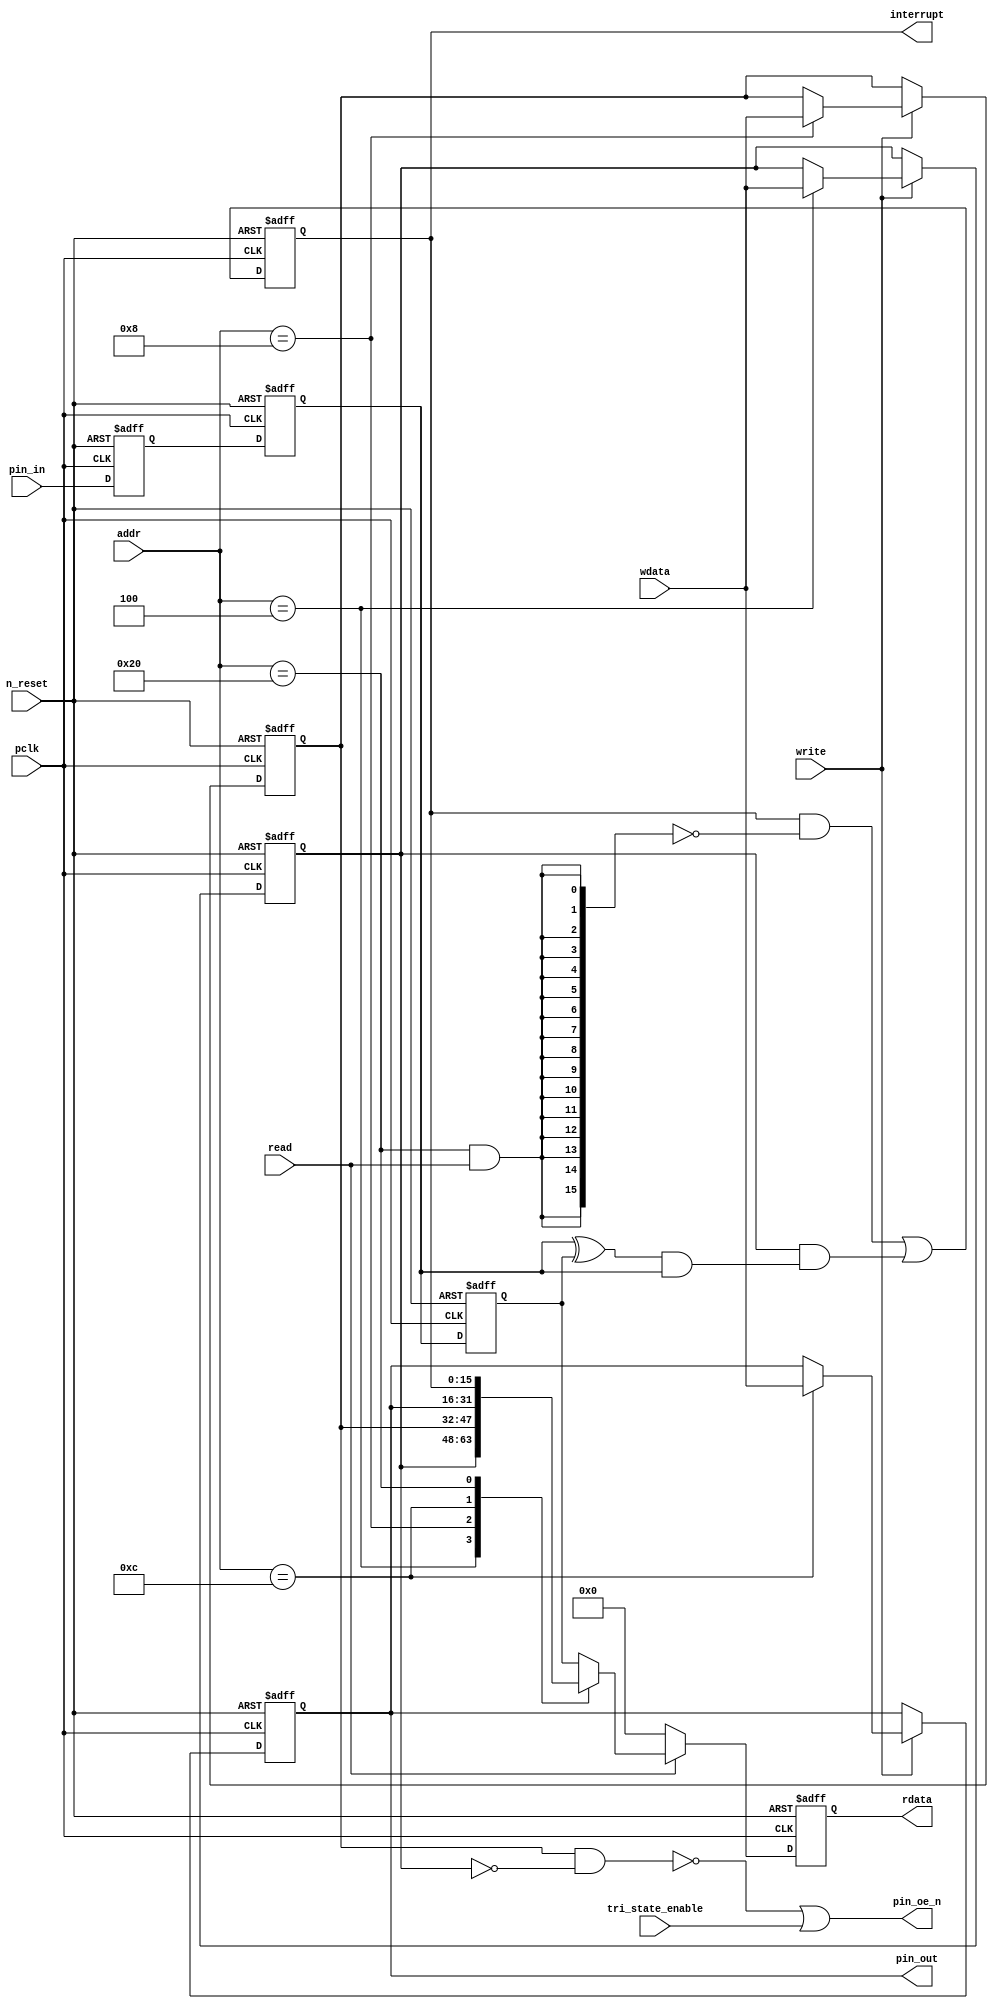
// This program was cloned from: https://github.com/yuravg/uvm_book_examples
// License: Apache License 2.0

//Title       : 
//Description : Parametrised GPIO pin circuits
//Notes       : 
//----------------------------------------------------------------------
//   Copyright 1999-2010 Cadence Design Systems, Inc.
//   All Rights Reserved Worldwide
//
//   Licensed under the Apache License, Version 2.0 (the
//   "License"); you may not use this file except in
//   compliance with the License.  You may obtain a copy of
//   the License at
//
//       http://www.apache.org/licenses/LICENSE-2.0
//
//   Unless required by applicable law or agreed to in
//   writing, software distributed under the License is
//   distributed on an "AS IS" BASIS, WITHOUT WARRANTIES OR
//   CONDITIONS OF ANY KIND, either express or implied.  See
//   the License for the specific language governing
//   permissions and limitations under the License.
//----------------------------------------------------------------------


module gpio_lite_subunit(
  //Inputs

  n_reset,
  pclk,

  read,
  write,
  addr,

  wdata,
  pin_in,

  tri_state_enable,

  //Outputs
 
  interrupt,

  rdata,
  pin_oe_n,
  pin_out

);
 
   // Inputs
   
   // Clocks   
   input n_reset;            // asynch reset, active low
   input pclk;               // Ppclk

   // Controls
   input read;               // select GPIO read
   input write;              // select GPIO write
   input [5:0] 
         addr;               // address bus of selected master

   // Dataflow
   input [15:0]
         wdata;              // GPIO Input
   input [15:0]
         pin_in;             // input data from pin

   //Design for Test Inputs
   input [15:0]
         tri_state_enable;   // disables op enable -> Z




   
   // Outputs
   
   // Controls
   output [15:0]
          interrupt;         // interupt for input pin change

   // Dataflow
   output [15:0]
          rdata;             // GPIO Output
   output [15:0]
          pin_oe_n;          // output enable signal to pin
   output [15:0]
          pin_out;           // output signal to pin
   



   
   // Registers in module

   //Define Physical registers in amba_unit
   reg    [15:0]
          direction_mode;     // 1=Input 0=Output              RW
   reg    [15:0]
          output_enable;      // Output active                 RW
   reg    [15:0]
          output_value;       // Value outputed from reg       RW
   reg    [15:0]
          input_value;        // Value input from bus          R
   reg    [15:0]
          int_status;         // Interrupt status              R

   // registers to remove metastability
   reg    [15:0]
          s_synch;            //stage_two
   reg    [15:0]
          s_synch_two;        //stage_one - to ext pin
   
   
    
          
   // Registers for outputs
   reg    [15:0]
          rdata;              // prdata reg
   wire   [15:0]
          pin_oe_n;           // gpio output enable
   wire   [15:0]
          pin_out;            // gpio output value
   wire   [15:0]
          interrupt;          // gpio interrupt
   wire   [15:0]
          interrupt_trigger;  // 1 sets interrupt status
   reg    [15:0]
          status_clear;       // 1 clears interrupt status
   wire   [15:0]
          int_event;          // 1 detects an interrupt event

   integer ia;                // loop variable
   


   // address decodes
   wire   ad_direction_mode;  // 1=Input 0=Output              RW
   wire   ad_output_enable;   // Output active                 RW
   wire   ad_output_value;    // Value outputed from reg       RW
   wire   ad_int_status;      // Interrupt status              R
   
//Register addresses
//If modifying the APB address (PADDR) width change the following bit widths
parameter GPR_DIRECTION_MODE   = 6'h04;       // set pin to either I or O
parameter GPR_OUTPUT_ENABLE    = 6'h08;       // contains oe control value
parameter GPR_OUTPUT_VALUE     = 6'h0C;       // output value to be driven
parameter GPR_INPUT_VALUE      = 6'h10;       // gpio input value reg
parameter GPR_INT_STATUS       = 6'h20;       // Interrupt status register

//Reset Values
//If modifying the GPIO width change the following bit widths
//parameter GPRV_RSRVD            = 32'h0000_0000; // Reserved
parameter GPRV_DIRECTION_MODE  = 32'h00000000; // Default to output mode
parameter GPRV_OUTPUT_ENABLE   = 32'h00000000; // Default 3 stated outs
parameter GPRV_OUTPUT_VALUE    = 32'h00000000; // Default to be driven
parameter GPRV_INPUT_VALUE     = 32'h00000000; // Read defaults to zero
parameter GPRV_INT_STATUS      = 32'h00000000; // Int status cleared



   //assign ad_bypass_mode    = ( addr == GPR_BYPASS_MODE );   
   assign ad_direction_mode = ( addr == GPR_DIRECTION_MODE );   
   assign ad_output_enable  = ( addr == GPR_OUTPUT_ENABLE );   
   assign ad_output_value   = ( addr == GPR_OUTPUT_VALUE );   
   assign ad_int_status     = ( addr == GPR_INT_STATUS );   

   // assignments
   
   assign interrupt         = ( int_status);

   assign interrupt_trigger = ( direction_mode & int_event ); 

   assign int_event = ((s_synch ^ input_value) & ((s_synch)));

   always @( ad_int_status or read )
   begin : p_status_clear

     for ( ia = 0; ia < 16; ia = ia + 1 )
     begin

       status_clear[ia] = ( ad_int_status & read );

     end // for ia

   end // p_status_clear

   // p_write_register : clocked / asynchronous
   //
   // this section contains all the code to write registers

   always @(posedge pclk or negedge n_reset)
   begin : p_write_register

      if (~n_reset)
      
       begin
         direction_mode  <= GPRV_DIRECTION_MODE;
         output_enable   <= GPRV_OUTPUT_ENABLE;
         output_value    <= GPRV_OUTPUT_VALUE;
       end
      
      else 
      
       begin
      
         if (write == 1'b1) // Write value to registers
      
          begin
              
            // Write Mode
         
            if ( ad_direction_mode ) 
               direction_mode <= wdata;
 
            if ( ad_output_enable ) 
               output_enable  <= wdata;
     
            if ( ad_output_value )
               output_value   <= wdata;

              

           end // if write
         
       end // else: ~if(~n_reset)
      
   end // block: p_write_register



   // p_metastable : clocked / asynchronous 
   //
   // This process  acts to remove  metastability propagation
   // Only for input to GPIO
   // In Bypass mode pin_in passes straight through

   always @(posedge pclk or negedge n_reset)
      
   begin : p_metastable
      
      if (~n_reset)
        begin
         
         s_synch       <= {16 {1'b0}};
         s_synch_two   <= {16 {1'b0}};
         input_value   <= GPRV_INPUT_VALUE;
         
        end // if (~n_reset)
      
      else         
        begin
         
         input_value   <= s_synch;
         s_synch       <= s_synch_two;
         s_synch_two   <= pin_in;

        end // else: ~if(~n_reset)
      
   end // block: p_metastable


   // p_interrupt : clocked / asynchronous 
   //
   // These lines set and clear the interrupt status

   always @(posedge pclk or negedge n_reset)
   begin : p_interrupt
      
      if (~n_reset)
         int_status      <= GPRV_INT_STATUS;
      
      else 
         int_status      <= ( int_status & ~(status_clear) // read & clear
                            ) |
                            interrupt_trigger;             // new interrupt
        
   end // block: p_interrupt
   
   
   // p_read_register  : clocked / asynchronous 
   //
   // this process registers the output values

   always @(posedge pclk or negedge n_reset)

      begin : p_read_register
         
         if (~n_reset)
         
           begin

            rdata <= {16 {1'b0}};

           end
           
         else //if not reset
         
           begin
         
            if (read == 1'b1)
            
              begin
            
               case (addr)
            
                  
                  GPR_DIRECTION_MODE:
                     rdata <= direction_mode;
                  
                  GPR_OUTPUT_ENABLE:
                     rdata <= output_enable;
                  
                  GPR_OUTPUT_VALUE:
                     rdata <= output_value;
                  
                  GPR_INT_STATUS:
                     rdata <= int_status;
                  
                  default: // if GPR_INPUT_VALUE or unmapped reg addr
                     rdata <= input_value;
            
               endcase
            
              end //end if read
            
            else //in not read
            
              begin // if not a valid read access, keep '0'-s 
              
               rdata <= {16 {1'b0}};
              
              end //end if not read
              
           end //end else if not reset

      end // p_read_register


   assign pin_out = 
        ( output_value ) ;
     
   assign pin_oe_n = 
      ( ( ~(output_enable & ~(direction_mode)) ) |
        tri_state_enable ) ;

                
  
endmodule // gpio_subunit